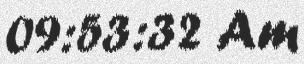
09:53:32 Am